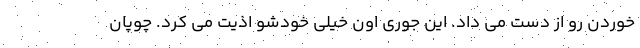
خوردن رو از دست می داد. این جوری اون خیلی خودشو اذیت می کرد. چوپان